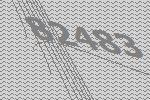
82483